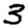
Digit: 3